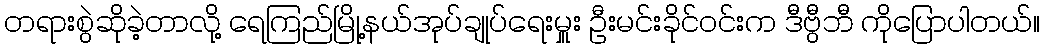
တရားစွဲဆိုခဲ့တာလို့ ရေကြည်မြို့နယ်အုပ်ချုပ်ရေးမှူး ဦးမင်းခိုင်ဝင်းက ဒီဗွီဘီ ကိုပြောပါတယ်။